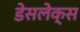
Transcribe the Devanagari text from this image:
डेसलेक्स